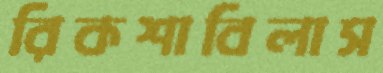
রিকশাবিলাস